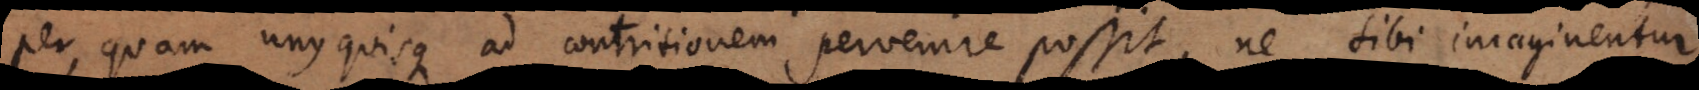
per quam unusquisque ad contritionem pervenire possit, ne sibi imaginentur